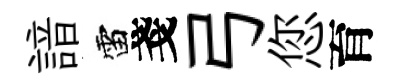
諳雷戔弓您育